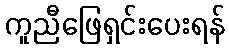
ကူညီဖြေရှင်းပေးရန်